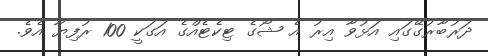
ދަރުބާރުގޭގައި އަޅުވާ އިރު އެ ޝޯގެ ޓިކެޓެއްގެ އަގަކީ 100 ރުފިޔާ އެވެ.